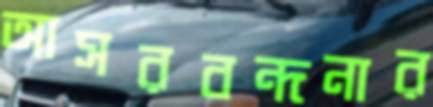
আসরবন্দনার